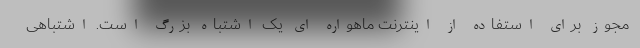
مجوز برای استفاده از اینترنت ماهواره ای یک اشتباه بزرگ است. اشتباهی